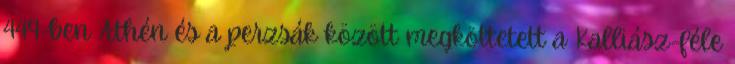
449-ben Athén és a perzsák között megköttetett a Kalliász-féle